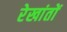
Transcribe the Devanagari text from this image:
रेखांतों